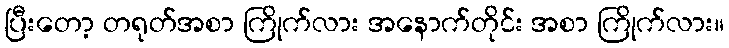
ပြီးတော့ တရုတ်အစာ ကြိုက်လား အနောက်တိုင်း အစာ ကြိုက်လား။